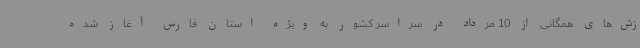
زش‌های همگانی از 10 مرداد در سراسر کشور به ویژه استان فارس آغاز شده